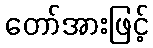
တော်အားဖြင့်